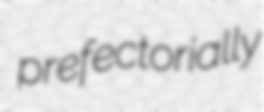
prefectorially